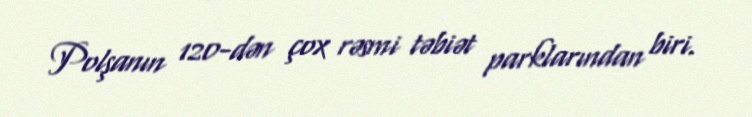
Polşanın 120-dən çox rəsmi təbiət parklarından biri.